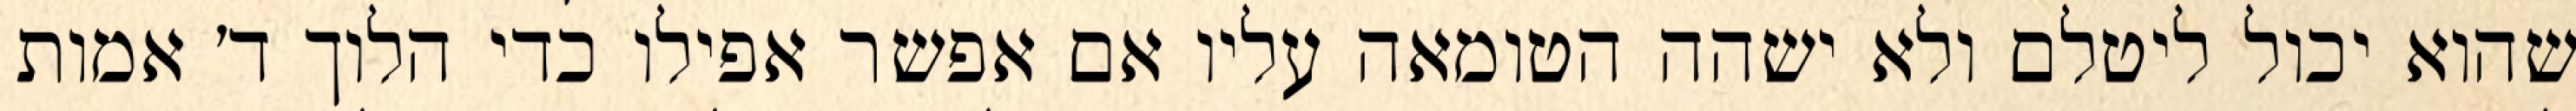
שהוא יכול ליטלם ולא ישהה הטומאה עליו אם אפשר אפילו כדי הלוך ד׳ אמות